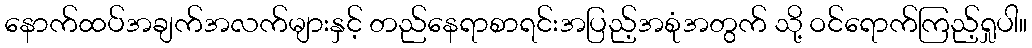
နောက်ထပ်အချက်အလက်များနှင့် တည်နေရာစာရင်းအပြည့်အစုံအတွက် သို့ ဝင်ရောက်ကြည့်ရှုပါ။